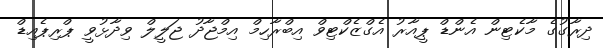
ދިރާގުގެ މާކެޓިން އެންޑް ޕީއާރު އެގްޒެކްޓިވް އިބްރާހިމް އިމްޖާދު ޖަލީލް ވިދާޅުވީ ޕްރިޕެއިޑް